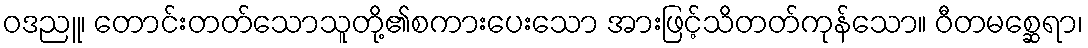
ဝဒညူ၊ တောင်းတတ်သောသူတို့၏စကားပေးသော အားဖြင့်သိတတ်ကုန်သော။ ဝီတမစ္ဆေရာ၊